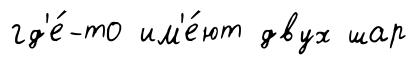
гд'е́-то им'е́ют двух шар